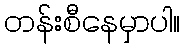
တန်းစီနေမှာပါ။